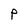
Character: P